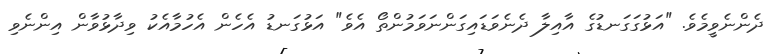
ދެންނެވީމެވެ. "އަޅުގަގަނޑުގެ އާއިލާ ދެނެވަޑައިގަންނަވަމުންތޯ އެވެ" އަޅުގަނޑު އެހެން އެހުމާއެކު ވިދާޅުވާން އިންނެވި